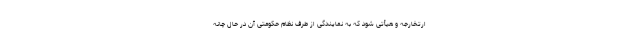
ارتخارجه و هیأتی شود که به نمایندگی از طرف نظام حکومتی آن در حال چانه